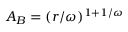
A _ { B } = ( r / \omega ) ^ { 1 + 1 / \omega }